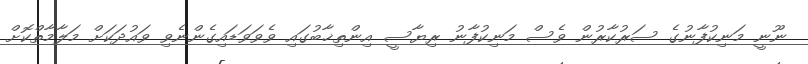
ނޫނީ މަނިކުފާނުގެ ސަރުކާރުން ވެސް މަނިކުފާނު ރިޔާސީ އިންތިޚާބުގައި ވެވަވަޑައިގެންނެވި ވައުދަކަށް މަލާމާތްކޮށް